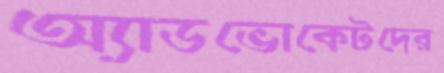
অ্যাডভোকেটদের